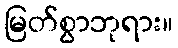
မြတ်စွာဘုရား။